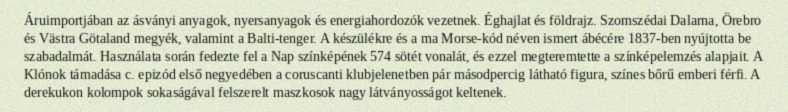
Áruimportjában az ásványi anyagok, nyersanyagok és energiahordozók vezetnek. Éghajlat és földrajz. Szomszédai Dalarna, Örebro és Västra Götaland megyék, valamint a Balti-tenger. A készülékre és a ma Morse-kód néven ismert ábécére 1837-ben nyújtotta be szabadalmát. Használata során fedezte fel a Nap színképének 574 sötét vonalát, és ezzel megteremtette a színképelemzés alapjait. A Klónok támadása c. epizód első negyedében a coruscanti klubjelenetben pár másodpercig látható figura, színes bőrű emberi férfi. A derekukon kolompok sokaságával felszerelt maszkosok nagy látványosságot keltenek.